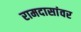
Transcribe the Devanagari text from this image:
रामदासांवर